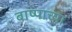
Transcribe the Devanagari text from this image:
बाष्पाच्या